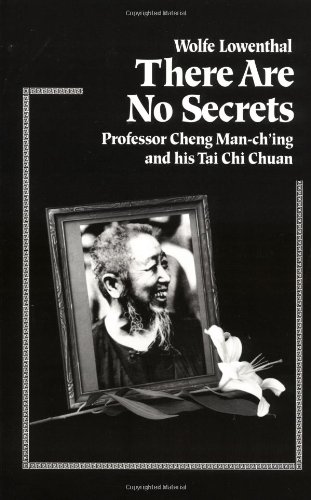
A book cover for There Are No Secrets: Professor Cheng Man Ch'ing and His T'ai Chi Chuan; Wolfe Lowenthal; Health, Fitness & Dieting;